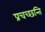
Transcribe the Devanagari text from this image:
प्रचच्छन्ति